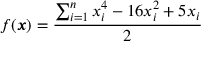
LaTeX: f ( { \boldsymbol { x } } ) = { \frac { \sum _ { i = 1 } ^ { n } x _ { i } ^ { 4 } - 1 6 x _ { i } ^ { 2 } + 5 x _ { i } } { 2 } }